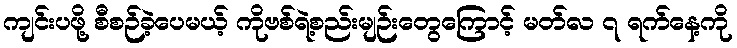
ကျင်းပဖို့ စီစဉ်ခဲ့ပေမယ့် ကိုဗစ်ရဲ့စည်းမျဉ်းတွေကြောင့် မတ်လ ၇ ရက်နေ့ကို